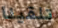
تلقينا